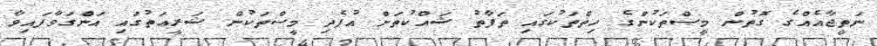
ނަތީޖާއެއްގެ ގޮތުން މީސްތަކުންގެ ހިތްތަކުގައި ތަފާތު ޝައްކުތަށް އުފެދި މީސްތަކުން ޝަރީޢަތުގައި އަންގަވާފައިވާ